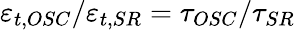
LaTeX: \varepsilon_{t,OSC}/\varepsilon_{t,SR}=\tau_{OSC}/\tau_{SR}